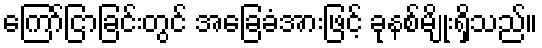
ကြော်ငြာခြင်းတွင် အခြေခံအားဖြင့် ခုနစ်မျိုးရှိသည်။